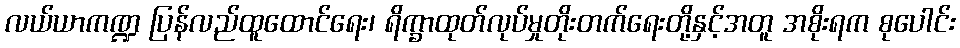
လယ်ယာကဏ္ဍ ပြန်လည်ထူထောင်ရေး၊ ရိက္ခာထုတ်လုပ်မှုတိုးတက်ရေးတို့နှင့်အတူ အစိုးရက စုပေါင်း